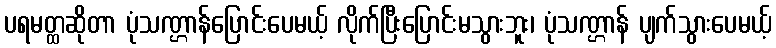
ပရမတ္ထဆိုတာ ပုံသဏ္ဌာန်ပြောင်းပေမယ့် လိုက်ပြီးပြောင်းမသွားဘူး၊ ပုံသဏ္ဌာန် ပျက်သွားပေမယ့်